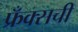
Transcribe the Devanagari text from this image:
फ्रँक्सची